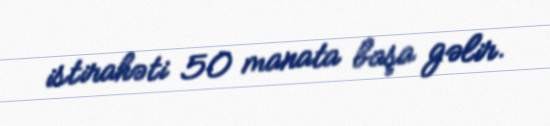
istirahəti 50 manata başa gəlir.